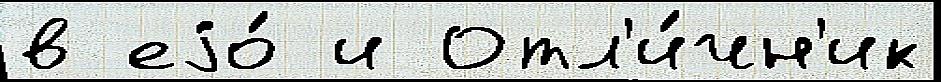
в еjо́ и Отл'и́чн'ик